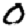
Digit: 0